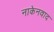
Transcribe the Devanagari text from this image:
नाकेनवाद